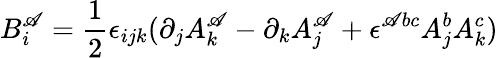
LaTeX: B_{i}^{\mathscr{A}}=\frac{{1}}{{2}}\epsilon_{ijk}(\partial_{j}A_{k}^{\mathscr{A}}-\partial_{k}A_{j}^{\mathscr{A}}+\epsilon^{\mathscr{A}bc}A_{j}^{b}A_{k}^{c})